Lunatic asylums Central Provinces reports 1874-1885 - 1874-1885
Year: 1874
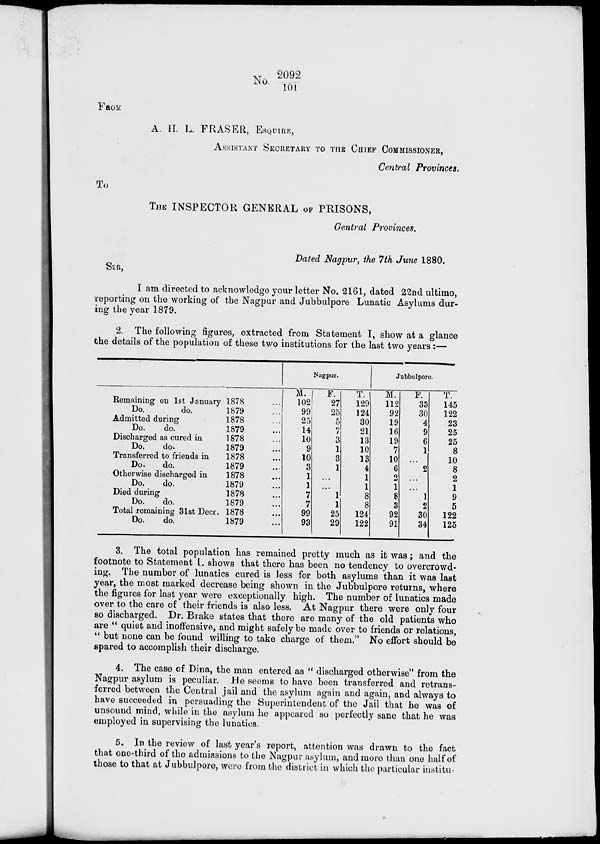
No. 2092/101
FROM
A. H. L. FRASER, ESQUIRE,
ASSISTANT SECRETARY TO THE CHIEF COMMISSIONER,
Central Provinces.
To
THE INSPECTOR GENERAL OF PRISONS,
Central Provinces.
Dated Nagpur, the 7th June 1880.
SIR,
I am directed to acknowledge your letter No. 2161, dated 22nd ultimo,
reporting on the working of the Nagpur and Jubbulpore Lunatic Asylums dur-
ing the year 1879.
2. The following figures, extracted from Statement I, show at a glance
the details of the population of these two institutions for the last two years:—
Remaining on 1st January
Do.
do.
Admitted during
Do.
do.
Discharged as cured in
Do.
do.
Transferred to friends in
Do.
do.
Otherwise discharged in
Do.
do.
Died during
Do.
do.
Total remaining 31st Decr.
Do.
do.
1878
...
1879 ...
1878 ...
1879 ...
1878 ...
1879 ...
1878 ...
1879 ...
1878 ...
1879 ...
1878 ...
1879 ...
1878 ...
1879 ...
Nagpur.
M.
102
99
25
14
10
9
10
3
1
1
7
7
99
93
F.
27
25
5
7
3
1
3
1
...
...
1
1
25
29
T.
129
124
30
21
13
10
13
4
1
1
8
8
124
122
Jubbulpore.
M.
112
92
19
16
19
7
10
6
2
1
8
3
92
91
F.
33
30
4
9
6
1
...
2
...
...
1
2
30
34
T.
145
122
23
25
25
8
10
8
2
1
9
5
122
125
3. The total population has remained pretty much as it was; and the
footnote to Statement I. shows that there has been no tendency to overcrowd-
ing. The number of lunatics cured is less for both asylums than it was last
year, the most marked decrease being shown in the Jubbulpore returns, where
the figures for last year were exceptionally high. The number of lunatics made
over to the care of their friends is also less. At Nagpur there were only four
so discharged. Dr. Brake states that there are many of the old patients who
are " quiet and inoffensive, and might safely be made over to friends or relations,
" but none can be found willing to take charge of them." No effort should be
spared to accomplish their discharge.
4. The case of Dina, the man entered as "discharged otherwise" from the
Nagpur asylum is peculiar. He seems to have been transferred and retrans-
ferred between the Central jail and the asylum again and again, and always to
have succeeded in persuading the Superintendent of the Jail that he was of
unsound mind, while in the asylum he appeared so perfectly sane that he was
employed in supervising the lunatics.
5. In the review of last year's report, attention was drawn to the fact
that one-third of the admissions to the Nagpur asylum, and more than one half of
those to that at Jubbulpore, were from the district in which the particular institu-